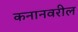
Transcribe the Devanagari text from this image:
कनानवरील